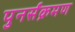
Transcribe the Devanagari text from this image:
पुनर्संक्रमण